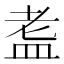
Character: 𭾀